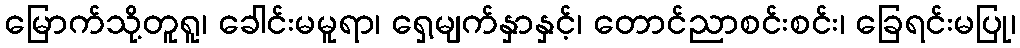
မြောက်သို့တူရူ၊ ခေါင်းမမူရာ၊ ရှေ့မျက်နှာနှင့်၊ တောင်ညာစင်းစင်း၊ ခြေရင်းမပြု၊